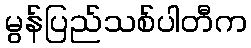
မွန်ပြည်သစ်ပါတီက